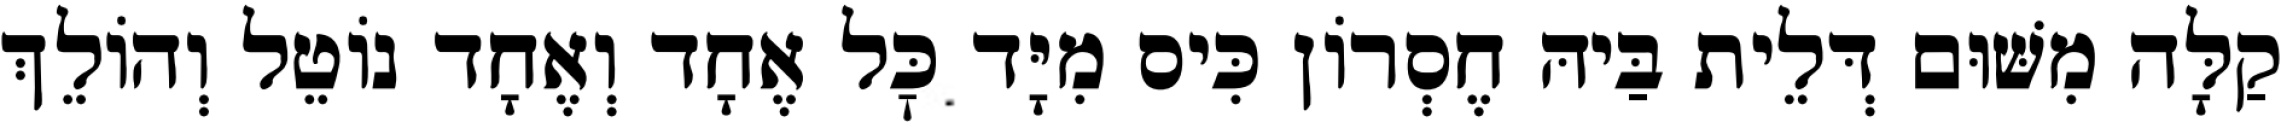
קַלָּה מִשּׁוּם דְּלֵית בַּיהּ חֶסְרוֹן כִּיס מִיָּד כׇּל אֶחָד וְאֶחָד נוֹטֵל וְהוֹלֵךְ